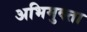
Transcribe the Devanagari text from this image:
अभिमुक्‍ता